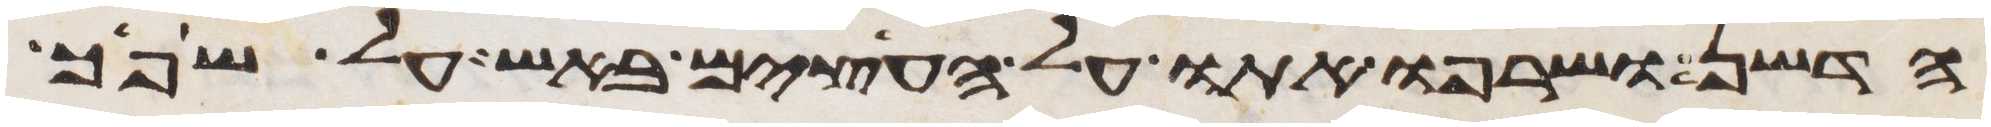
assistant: הדשן ושרפו אתו על העצים באש על שפך